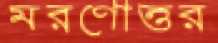
মরণোত্তর